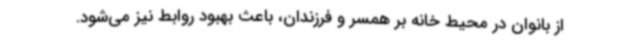
از بانوان در محیط خانه بر همسر و فرزندان، باعث بهبود روابط نیز می‌شود.